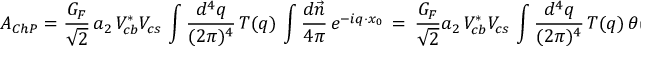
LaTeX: A _ { C h P } = { \frac { G _ { F } } { \sqrt { 2 } } } \, a _ { 2 } \, V _ { c b } ^ { * } V _ { c s } \, \int \frac { d ^ { 4 } q } { ( 2 \pi ) ^ { 4 } } \, T ( q ) \, \int \frac { d \vec { n } } { 4 \pi } \, e ^ { - i q \cdot x _ { 0 } } \, = \, { \frac { G _ { F } } { \sqrt { 2 } } } a _ { 2 } \, V _ { c b } ^ { * } V _ { c s } \, \int \frac { d ^ { 4 } q } { ( 2 \pi ) ^ { 4 } } \, T ( q ) \, \theta ( \mu , \, | \vec { q } | ) \ ,